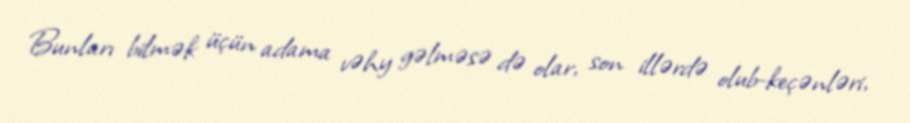
Bunları bilmək üçün adama vəhy gəlməsə də olar, son illərdə olub-keçənləri,